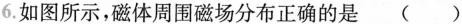
6.如图所示，磁体周围磁场分布正确的是 （ ）